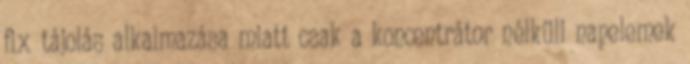
fix tájolás alkalmazása miatt csak a koncentrátor nélküli napelemek